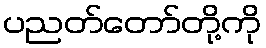
ပညတ်တော်တို့ကို